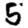
Digit: 5